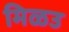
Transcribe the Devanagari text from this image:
मिळउ